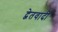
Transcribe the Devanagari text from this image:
द्वेतवादी